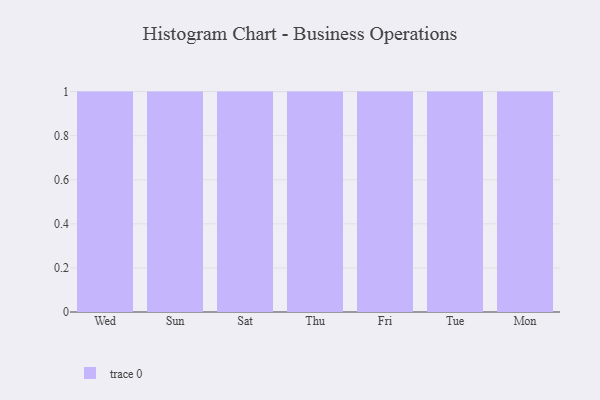
{"axis": {"x": "Day", "y": "Population (Million)"}, "legend": [""], "data": [{"x": "Wed", "y": 97, "type": ""}, {"x": "Sun", "y": 59, "type": ""}, {"x": "Sat", "y": 91, "type": ""}, {"x": "Thu", "y": 70, "type": ""}, {"x": "Fri", "y": 63, "type": ""}, {"x": "Tue", "y": 65, "type": ""}, {"x": "Mon", "y": 45, "type": ""}]}